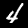
Digit: 4